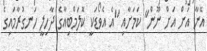
އޭނާ އަށް އަށް ނޫން" ކަމަށާއި "އެ އެވޯޑަކީ ކޮލަމްބިއާގެ ދާހިލީ ހަނގުރާމައިގެ